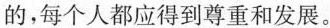
的，每个人都应得到尊重和发展。